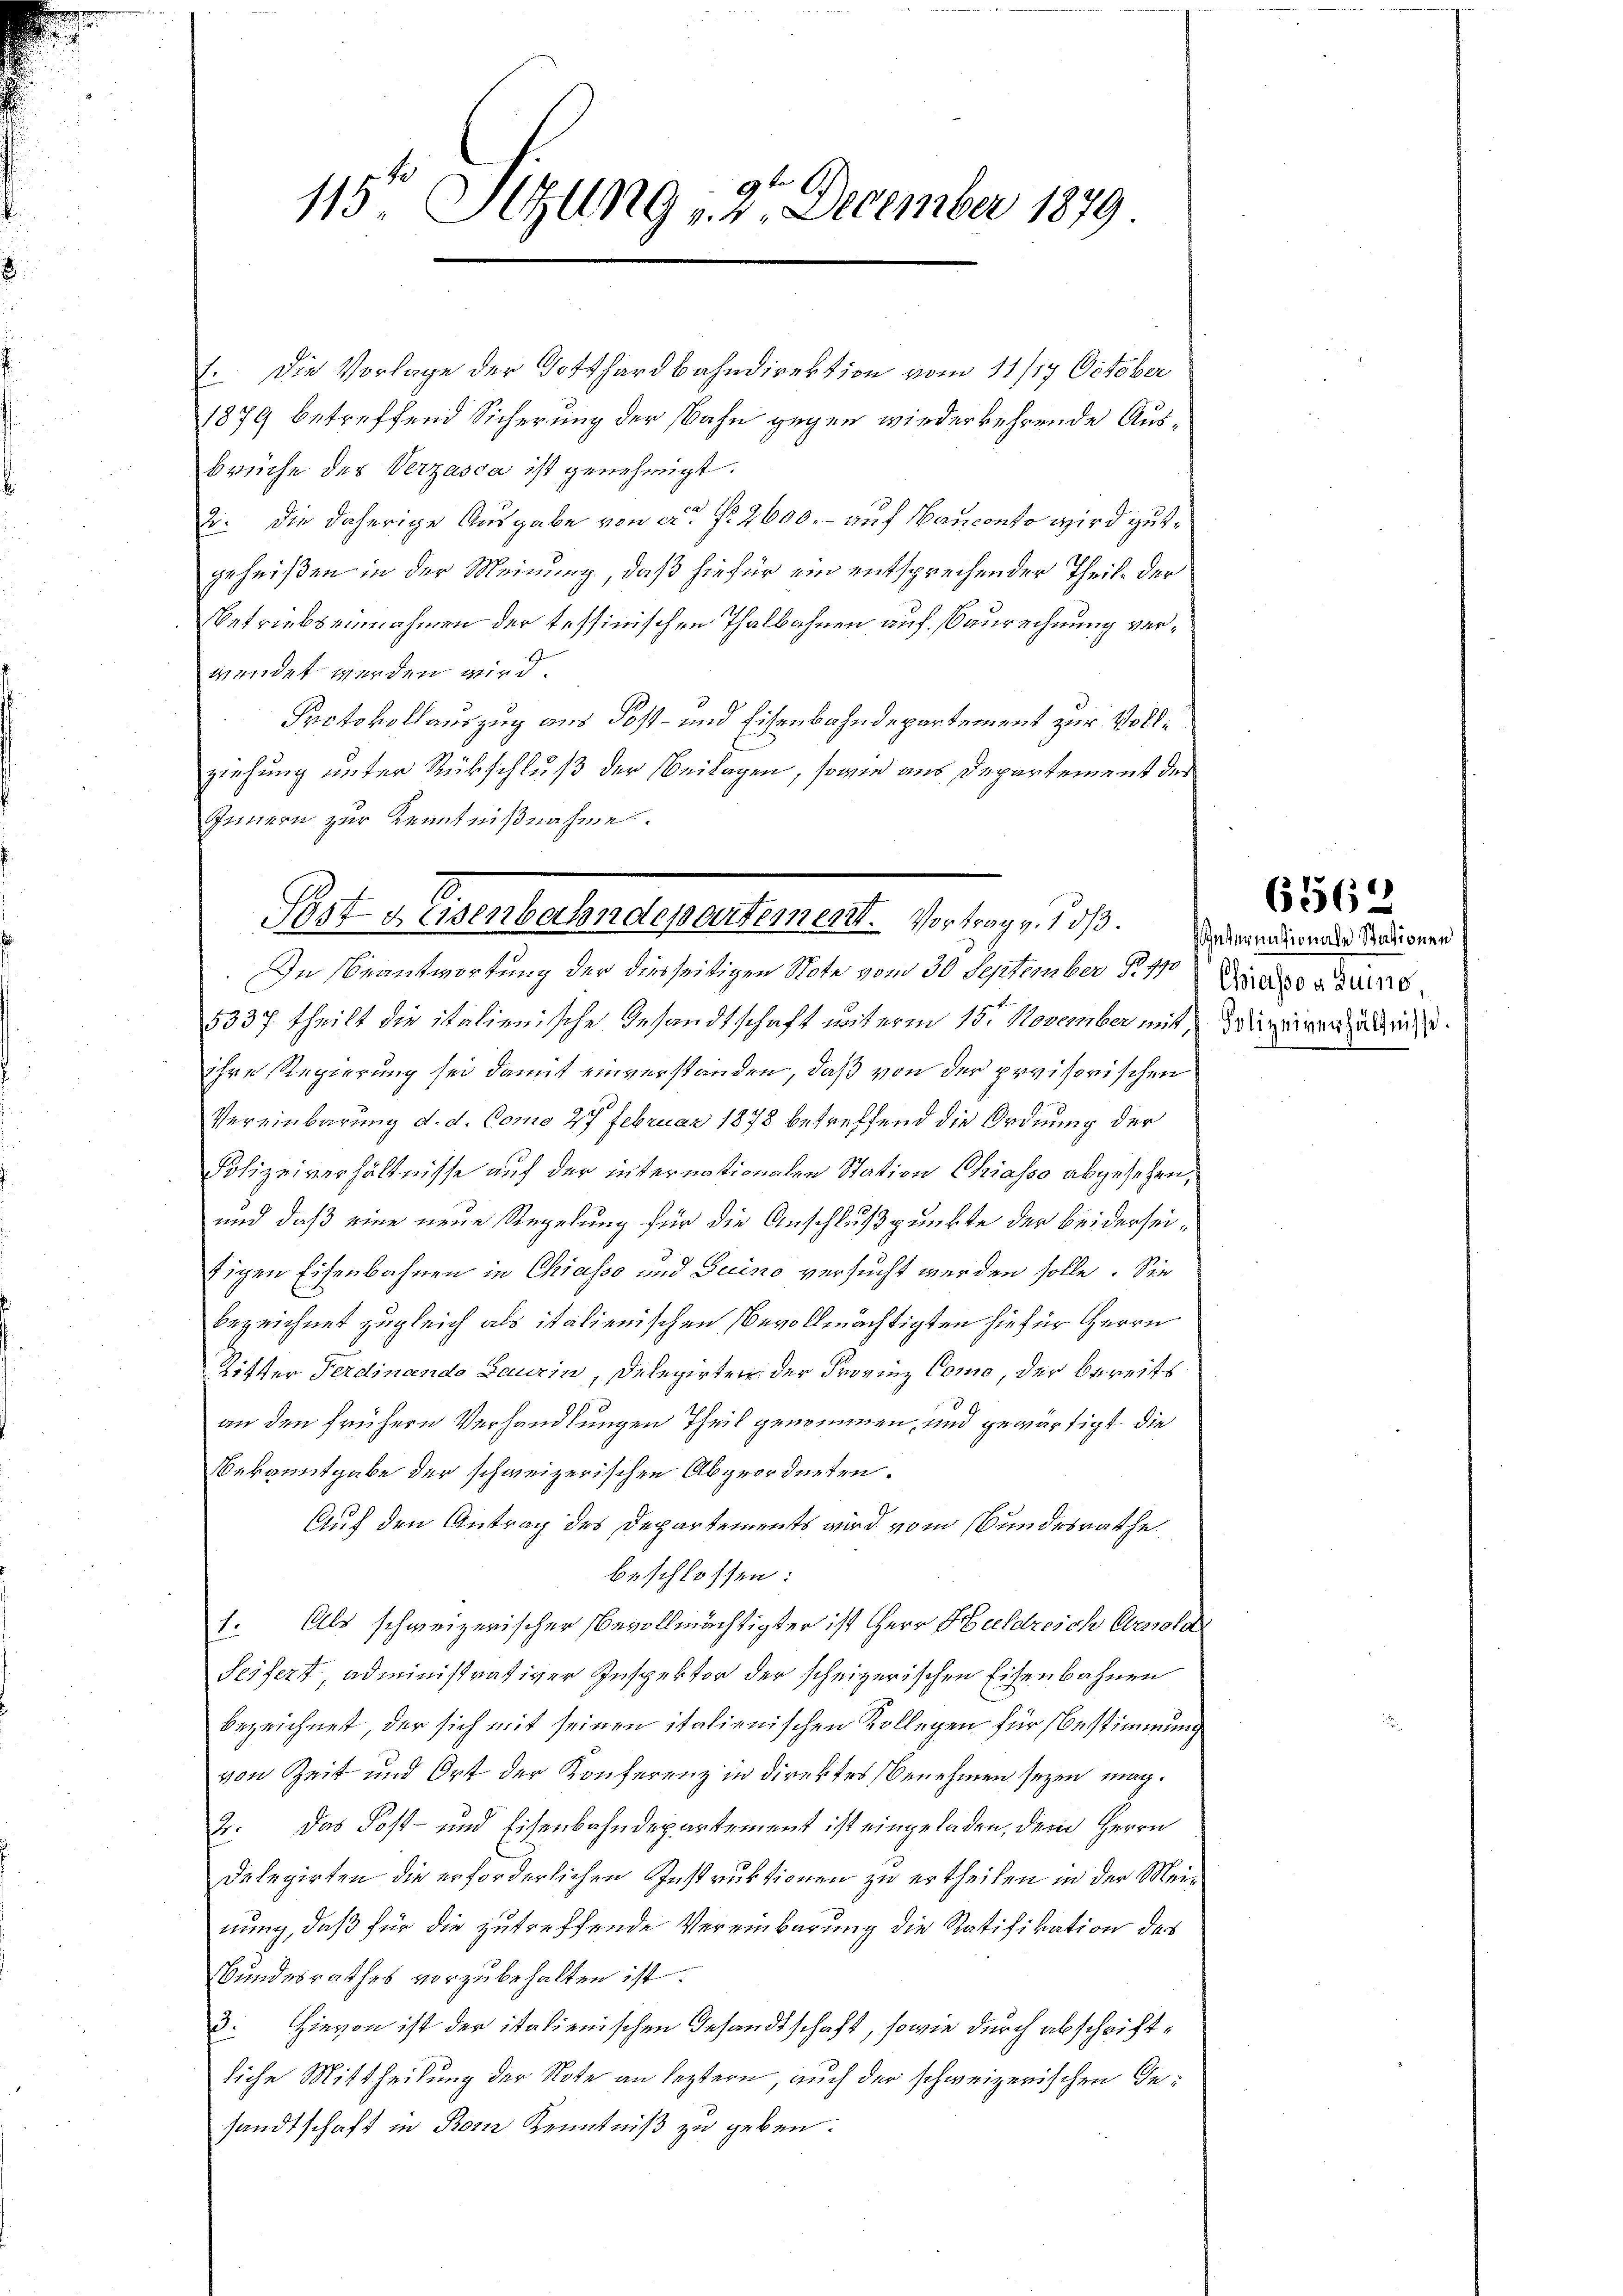
115t Setzung 12. December 1879

1. Die Vorlage der Totthardbahndirektion vom 11/17 October
1879 betreffend Sicherung der Bahn gegen wiederkehrende Ausbrüche der Verzasca ist genehmigt.
2: Die daherige Ausgabe von ca Fr. 2600. – auf Bauconto wird gutgeheißen in der Meinung, daß hiefür ein entsprechender Theil der
Betriebs einnahmen der tessinischen Thalbahnen auf saurechnung verwendet werden wird.
Protokollauszug aus Post- und Eisenbahndepartement zur Volleziehung unter Rückschluß der Beilagen, sowie aus Departement der
Innern zur Kenntnißnahme
In Beantwortung der diesseitigen Note vom 30 September § 17 der
5337. theilt die italienische Gesandtschaft unterm 15. November mit, Polizeiren zudrin.
ihre Regierung sei damit einverstanden, daß von der provisorischen
Vereinbarung d. d. Como 27 Februar 1878 betreffend die Ordnung der
Polizeiverhältnisse auf der internationalen Station Chiasso abgesehen,
und daß eine neue Regelung für die Anschlußpunkte der beiderseifigen Eisenbahnen in Chiasso und Juino versucht werden solle. Sie
bezeichnet zugleich als italienischen Bevollmächtigten hiefür Herrn
Ritter Ferdinando Laurin, Delegirten der Provinz Como, der bereits
an den frühern Verhandlungen Theil genommen und gewärtigt, die
Bekanntgabe der schweizerischen Abgeordneten.
Auf den Antrag des Departements wird vom Bundesrathe.
beschlossen:
1. Als schweizerischer bevollmächtigter ist Herr Huldreich Carola
Seifert, administrativer Inspektor der scheizerischen Eisenbahnen
bezeichnet, der sich mit seinen italienischen Kollegen für Bestimmung
von Zeit und Ort der Konferenz in direktes Benehmen seyen mag.
2. Das Post- und Eisenbahndepartement ist eingeladen, dem Herrn
Delegirten die erforderlichen Instruktionen zu ertheilen in der Meinung, daß für die zutreffende Vereinbarung die Ratifikation des
Bundesrathes vorzubehalten ist.
3. Hievon ist der italienischen Gesandtschaft, sowie durch abschriftliche Mittheilung der Note an leztern, auch der schweizerischen Gesandtschaft in Rom Kenntniß zu geben.

Post gesenbahndepartement. Vortrag v. dß. Und wenn eine Radionen

65562